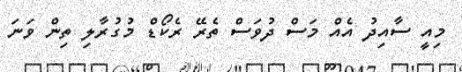
މިއީ ސާއިދު އެއް މަސް ދުވަސް ތެރޭ ރެކޯޑް މުގުރާލި ތިން ވަނަ